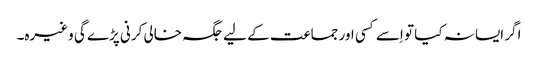
اگر ایسا نہ کیا تو اِسے کسی اور جماعت کے لیے جگہ خالی کرنی پڑے گی وغیرہ۔